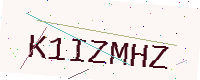
Text: K1IZMHZ